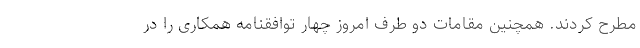
مطرح کردند. همچنین مقامات دو طرف امروز چهار توافقنامه همکاری را در